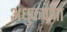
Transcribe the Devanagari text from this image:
अंधुकपणा